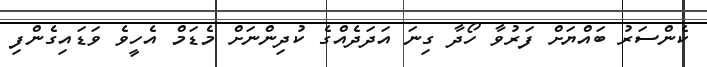
ކެންސަރު ބައްޔަށް ފަރުވާ ހޯދާ ގިނަ އަދަދެއްގެ ކުދިންނަށް މެޑަމް އެހީވެ ވަޑައިގެންފި